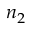
n _ { 2 }